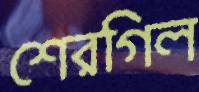
শেরগিল